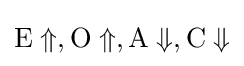
{\rm {E}}\Uparrow ,{\rm {O}}\Uparrow ,{\rm {A}}\Downarrow ,{\rm {C}}\Downarrow